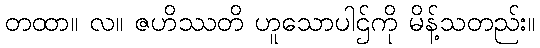
တထာ။ လ။ ဇဟိဿတိ ဟူသောပါဌ်ကို မိန့်သတည်း။